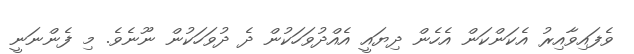
ވެފައިވާއިރު އެކަންކަން އެހެން ދިޔައީ އެއްދުވަހަކުން ދެ ދުވަހަކުން ނޫނެވެ. މި ފެންނަނީ